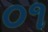
૦૧